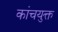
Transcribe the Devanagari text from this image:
कांचयुक्त